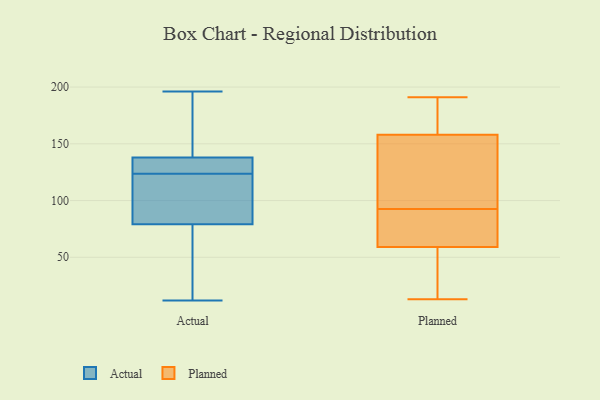
{"axis": {"x": "Conversion Rate (%)", "y": "Value"}, "legend": ["Actual", "Planned"], "data": [{"x": "", "y": 79, "type": "Actual"}, {"x": "", "y": 12, "type": "Actual"}, {"x": "", "y": 118, "type": "Actual"}, {"x": "", "y": 125, "type": "Actual"}, {"x": "", "y": 196, "type": "Actual"}, {"x": "", "y": 57, "type": "Actual"}, {"x": "", "y": 142, "type": "Actual"}, {"x": "", "y": 137, "type": "Actual"}, {"x": "", "y": 122, "type": "Actual"}, {"x": "", "y": 138, "type": "Actual"}, {"x": "", "y": 113, "type": "Planned"}, {"x": "", "y": 46, "type": "Planned"}, {"x": "", "y": 160, "type": "Planned"}, {"x": "", "y": 73, "type": "Planned"}, {"x": "", "y": 191, "type": "Planned"}, {"x": "", "y": 101, "type": "Planned"}, {"x": "", "y": 158, "type": "Planned"}, {"x": "", "y": 30, "type": "Planned"}, {"x": "", "y": 84, "type": "Planned"}, {"x": "", "y": 158, "type": "Planned"}, {"x": "", "y": 25, "type": "Planned"}, {"x": "", "y": 186, "type": "Planned"}, {"x": "", "y": 74, "type": "Planned"}, {"x": "", "y": 125, "type": "Planned"}, {"x": "", "y": 72, "type": "Planned"}, {"x": "", "y": 13, "type": "Planned"}]}